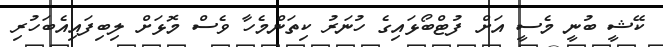
ކޭޝީ ބުނީ މެސީ އަށް ފުޓްބޯޅައިގެ ހުނަރު ކިތަންމެހާ ވެސް މޮޅަށް ލިބިފައިއެބަހުރި